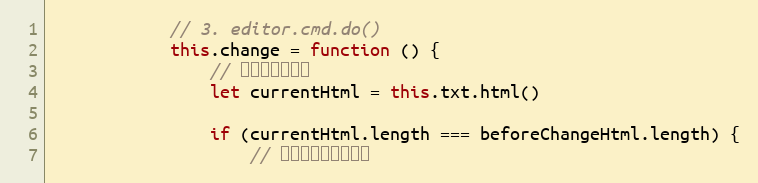
Language: JavaScript
            // 3. editor.cmd.do()
            this.change = function () {
                // 判断是否有变化
                let currentHtml = this.txt.html()

                if (currentHtml.length === beforeChangeHtml.length) {
                    // 需要比较每一个字符